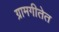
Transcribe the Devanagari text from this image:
ग्रामगीतेत